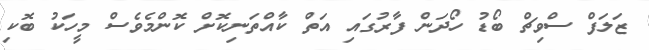
ޒަލަފް ސްވިޗް ބޯޑު ހޯދަން ފާރުގައި އަތް ކާއްތަނިކޮށް ކޮންމެވެސް މީހަކު ބޮކި